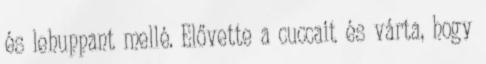
és lehuppant mellé. Elővette a cuccait és várta, hogy